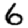
Digit: 6